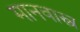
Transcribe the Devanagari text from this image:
मानवास्त्र